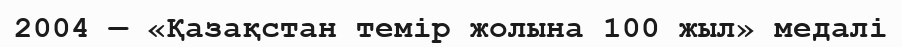
2004 — «Қазақстан темір жолына 100 жыл» медалі